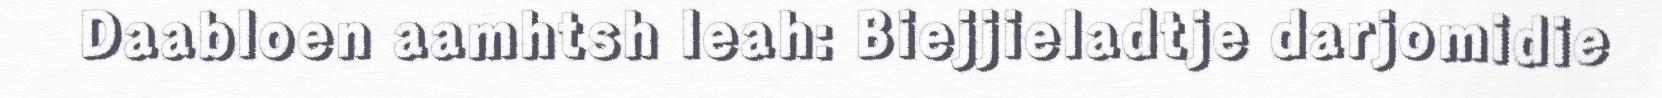
Daabloen aamhtsh leah: Biejjieladtje darjomidie